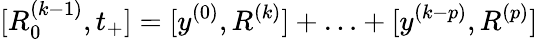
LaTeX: [R_{0}^{(k-1)},t_{+}]=[y^{(0)},R^{(k)}]+\ldots+[y^{(k-p)},R^{(p)}]